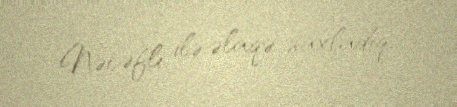
Nəcəfli ilə əlaqə saxladıq.